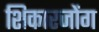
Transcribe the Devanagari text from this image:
शिकारजोंग